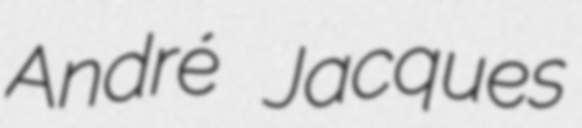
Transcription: André Jacques